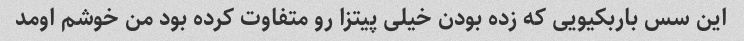
این سس باربکیویی که زده بودن خیلی پیتزا رو متفاوت کرده بود من خوشم اومد